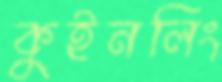
কুইনলিং